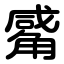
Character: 觱